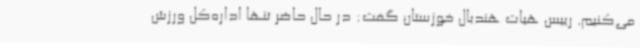
می‌کنیم. رییس هیات هندبال خوزستان گفت: در حال حاضر تنها اداره‌کل ورزش